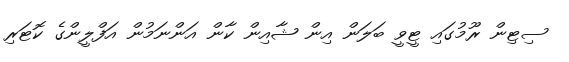
ސިޓިން ރޫމުގައި ޓީވީ ބަލަން އިން ޝާއިން ކާން އަންނަމުން އަފްލީންގެ ކޮޓަރި